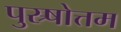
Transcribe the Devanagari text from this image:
पुस्र्षोत्तम